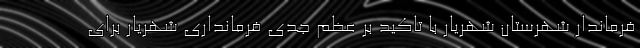
فرماندار شهرستان شهریار با تاکید بر عظم جدی فرمانداری شهریار برای